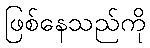
ဖြစ်နေသည်ကို